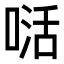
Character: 𭉉